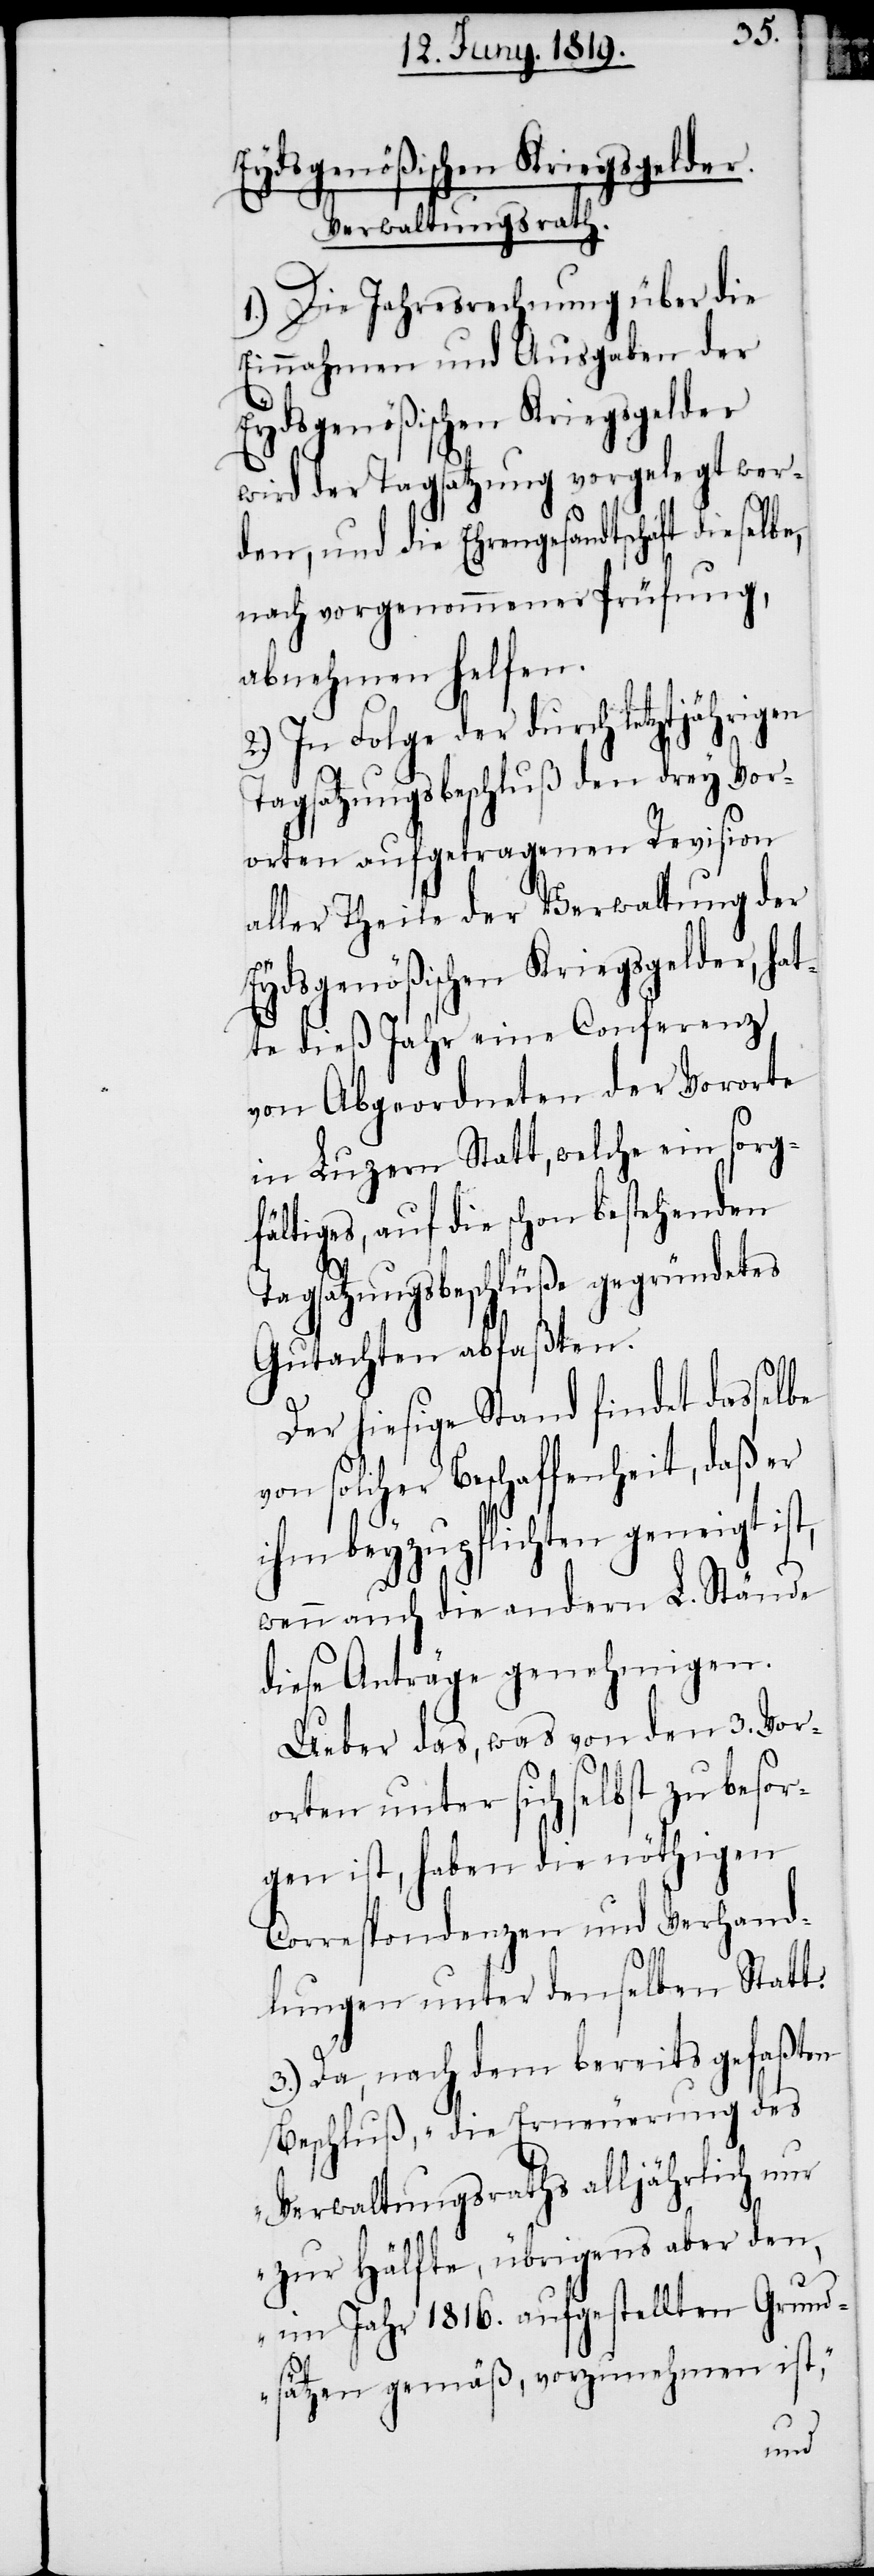
Verwaltungsrath.
1.) Die Jahresrechnung über die
Einnahmen und Ausgaben der
Eydsgenößischen Kriegsgelder
wird der Tagsatzung vorgelegt wer¬
den, und die Ehrengesandtschaft dieselbe,
nach vorgenommener Prüfung,
abnehmen helfen.
2.) In Folge der durch letztjährigen
Tagsatzungsbeschluß den drey Vor¬
orten aufgetragenen Revision
aller Theile der Verwaltung der
Eydsgenößischen Kriegsgelder, hat¬
te dieß Jahr eine Conferenz
von Abgeordneten der Vororte
in Luzern Statt, welche ein sorg¬
fältiges, auf die schon bestehenden
Tagsatzungsbeschlüße gegründetes
Gutachten abfaßten.
Der hiesige Stand findet dasselbe
von solcher Beschaffenheit, daß er
ihm beyzupflichten geneigt ist,
wenn auch die andern L. Stände
diese Anträge genehmigen.
Ueber das, was von den 3. Vor¬
orten unter sich selbst zu besor¬
gen ist, haben die nöthigen
Correspondenzen und Verhand¬
lungen unter denselben Statt.
3.) Da, nach dem bereits gefaßten
Beschluß, „die Erneuerung des
Verwaltungsraths alljährlich nur
zur Hälfte, übrigens aber den,
im Jahr 1816. aufgestellten Grund¬
sätzen gemäß, vozunehmen ist“,